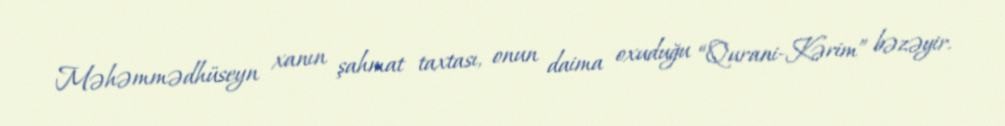
Məhəmmədhüseyn xanın şahmat taxtası, onun daima oxuduğu “Qurani-Kərim” bəzəyir.